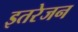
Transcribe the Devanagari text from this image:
इतरेजन